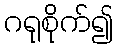
ဂရုစိုက်၍